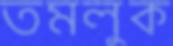
তমলুক